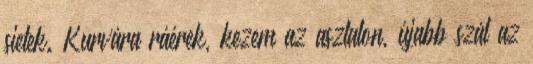
sietek. Kurvára ráérek, kezem az asztalon, újabb szál az